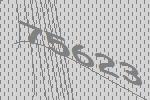
75623